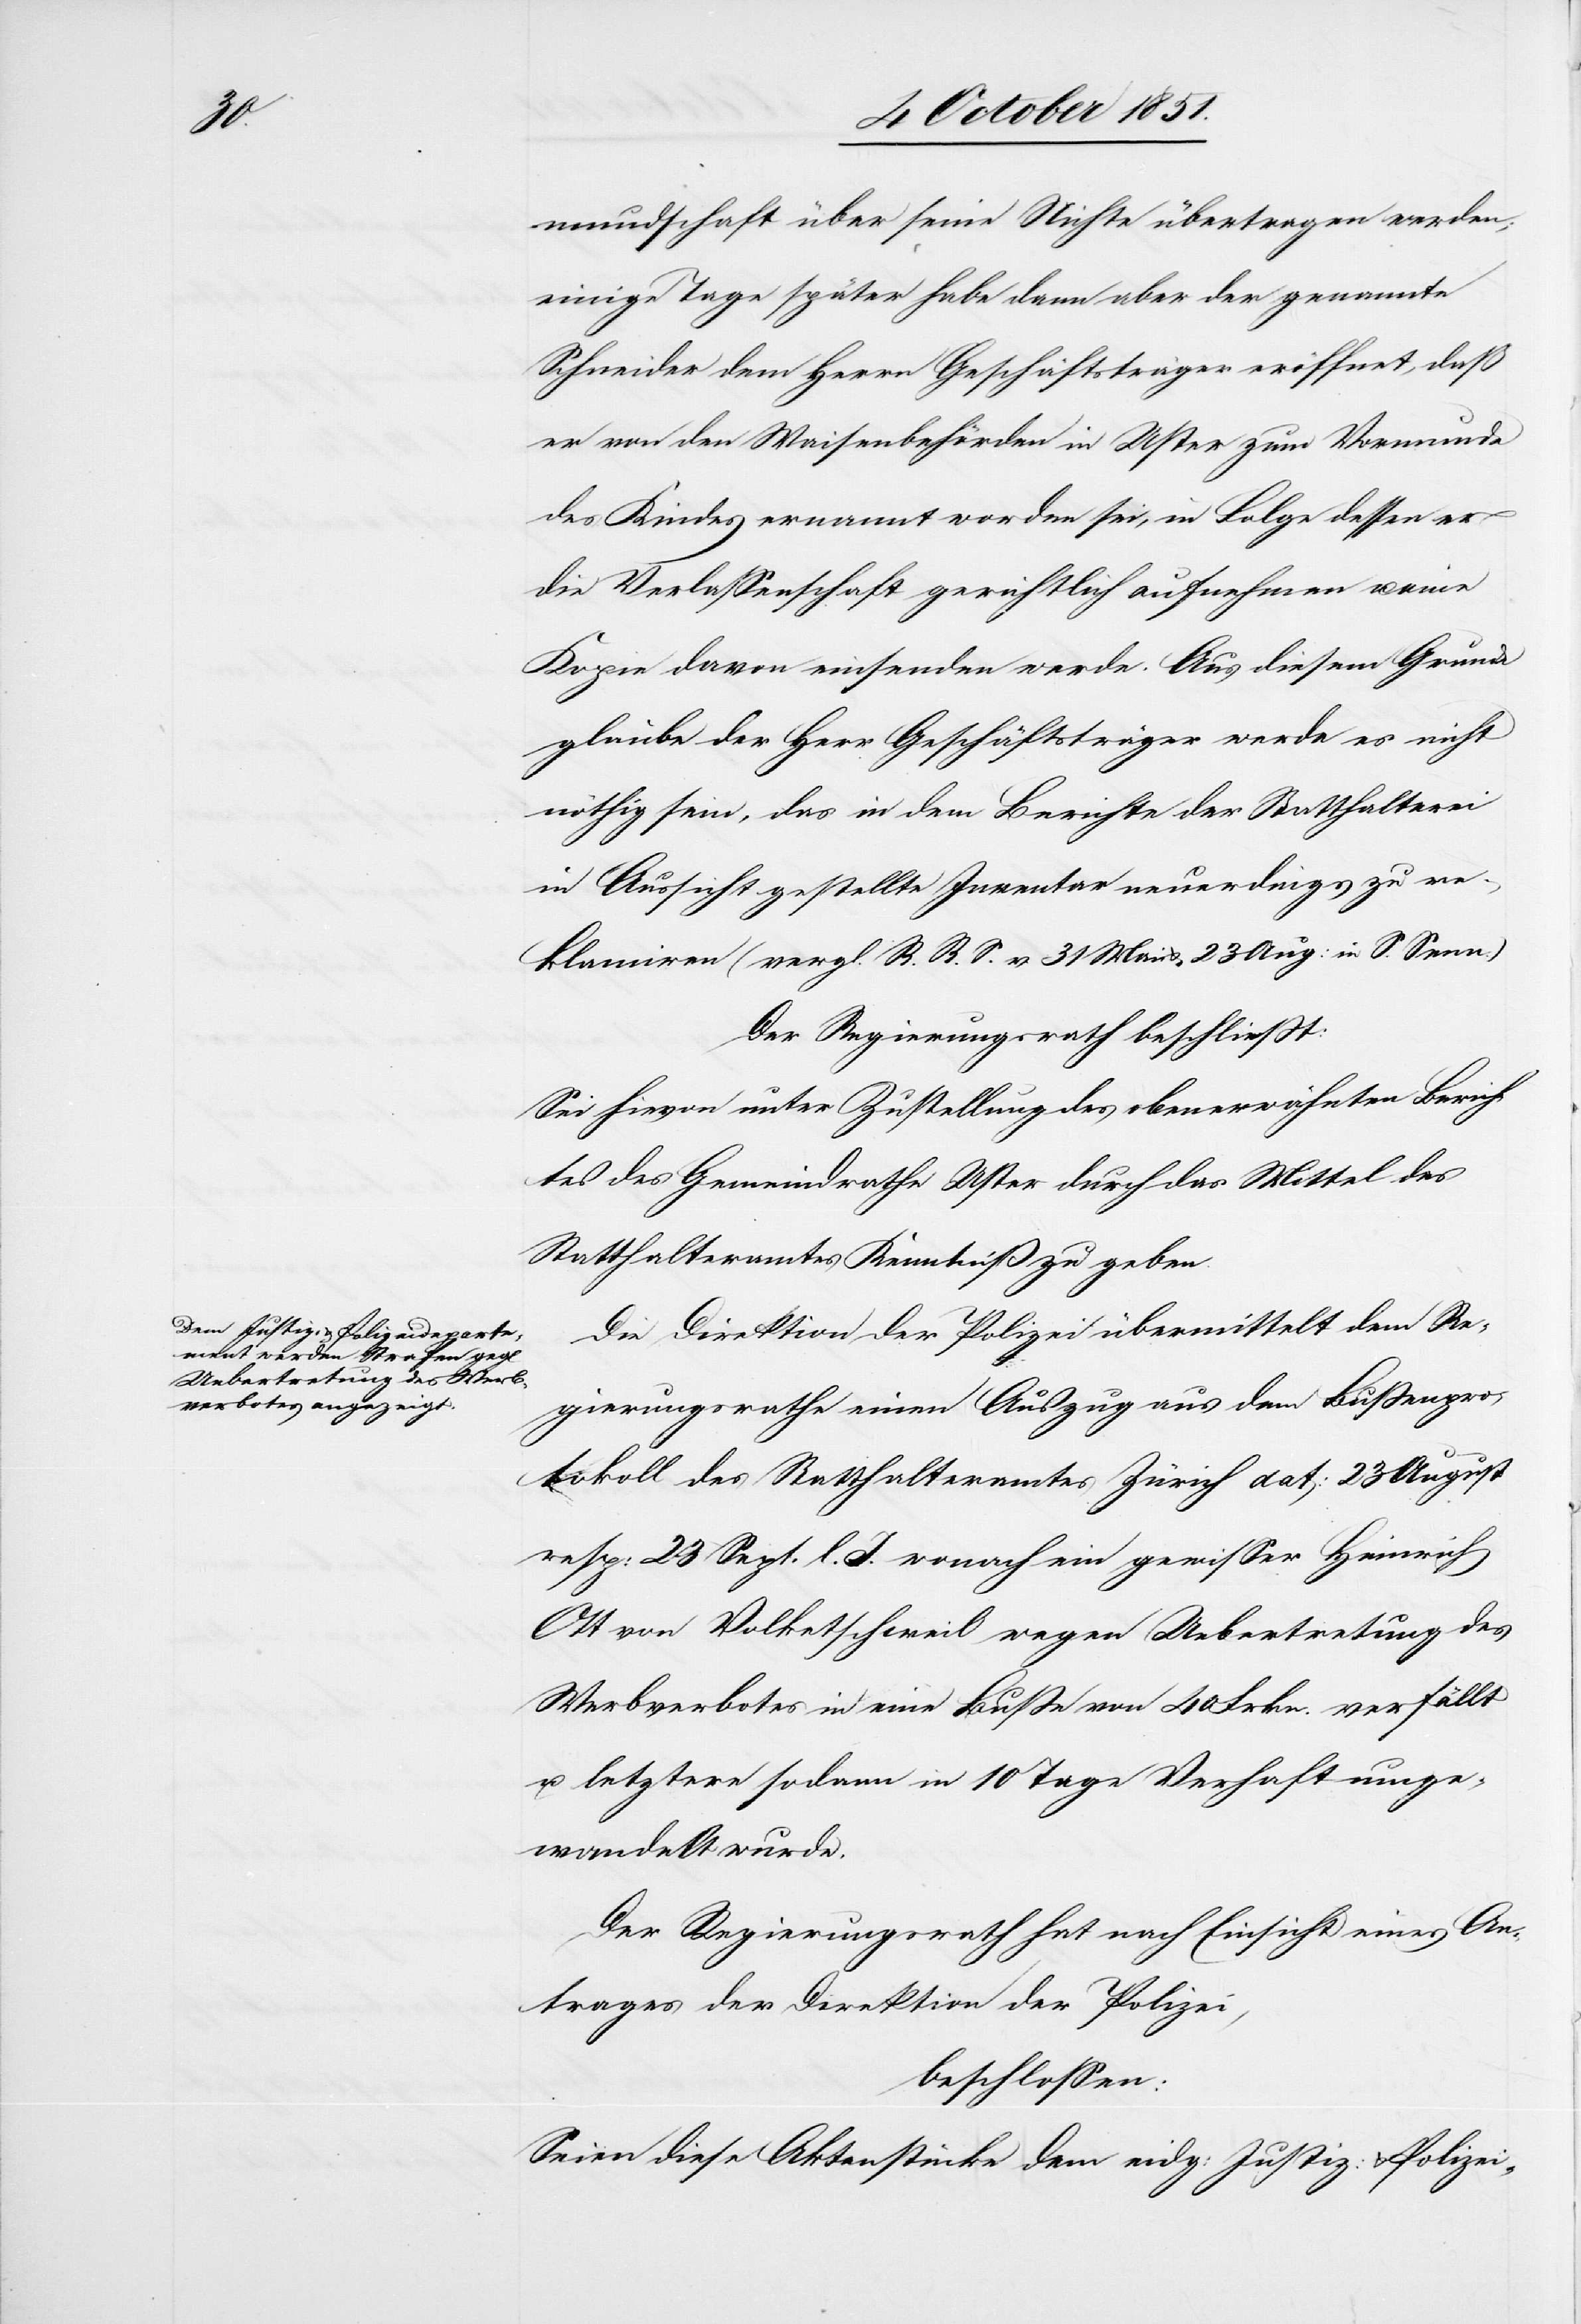
mundschaft über seine Nichte übertragen werden;
einige Tage später habe dann aber der genannte
Schneider dem Herrn Geschäftsträger eröffnet, daß
er von den Waisenbehörden in Uster zum Vormunde
des Kindes ernannt worden sei, in Folge dessen er
die Verlassenschaft gerichtlich aufnehmen u. eine
Kopie davon einsenden werde. Aus diesem Grunde
glaube der Herr Geschäftsträger werde es nicht
nöthig sein, das in dem Berichte der Statthalterei
in Aussicht gestellte Inventar neuerdings zu re¬
klamiren (vergl. R. R. S. v. 31 Mai & 23 Aug: in S. Senn.)
Der Regierungsrath beschließt:
Sei hievon unter Zustellung des obenerwähnten Berich¬
tes des Gemeindrathe[s] Uster durch das Mittel des
Statthalteramtes Kenntniß zu geben.
Die Direktion der Polizei übermittelt dem Re¬
gierungsrathe einen Auszug aus dem Bußenpro¬
tokoll des Statthalteramtes Zürich dat: 23 August
resp: 23 Sept. l. J. wonach ein gewisser Heinrich
Ott von Volketschweil wegen Uebertretung des
Werbverbotes in eine Buße von 40 Frkn. verfällt
u. letztere sodann in 10 Tage Verhaft umge¬
wandelt wurde.
Der Regierungsrath hat nach Einsicht eines An¬
trages der Direktion der Polizei,
beschlossen:
Seien diese Aktenstücke dem eidg: Justiz:[-] & Polizei-